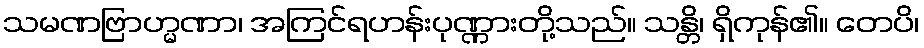
သမဏဗြာဟ္မဏာ၊ အကြင်ရဟန်းပုဏ္ဏားတို့သည်။ သန္တိ၊ ရှိကုန်၏။ တေပိ၊